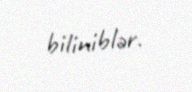
biliniblər.